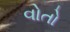
વોતો